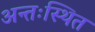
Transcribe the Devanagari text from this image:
अन्तःस्थित